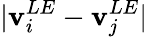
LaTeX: |\mathbf{v}_{i}^{LE}-\mathbf{v}_{j}^{LE}|